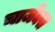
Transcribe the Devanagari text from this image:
चार्जेक्स